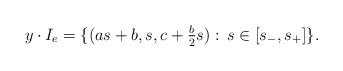
LaTeX: \begin{align*} y\cdot I_{e} &= \{(as+b,s,c+\tfrac{b}{2}s):\, s\in \left[s_{-},s_{+}\right]\}. \end{align*}